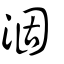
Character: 涸